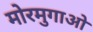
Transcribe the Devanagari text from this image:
मोरमुगाओ